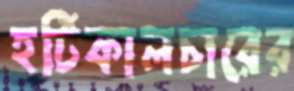
হর্টিকালচারের